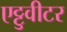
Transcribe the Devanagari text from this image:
एट्टुवीटर